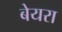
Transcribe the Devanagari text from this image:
बेयरा